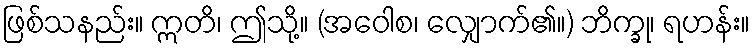
ဖြစ်သနည်း။ ဣတိ၊ ဤသို့။ (အဝေါစ၊ လျှောက်၏။) ဘိက္ခု၊ ရဟန်း။